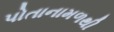
પોતાનામળથી